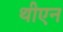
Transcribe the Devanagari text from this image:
थीएन